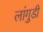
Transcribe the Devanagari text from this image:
लांगुडी